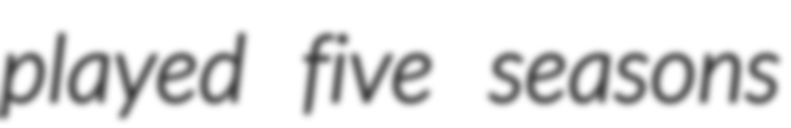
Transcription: played five seasons